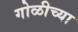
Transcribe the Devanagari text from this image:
गोळीच्या